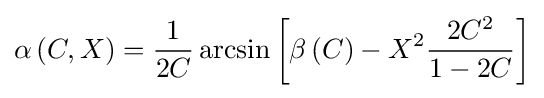
\alpha \left(C,X\right)={\frac {1}{2C}}\arcsin \left[\beta \left(C\right)-X^{2}{\frac {2C^{2}}{1-2C}}\right]